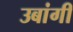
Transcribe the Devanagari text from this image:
उबांगी